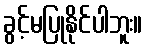
ခွင့်မပြုနိုင်ပါဘူး။